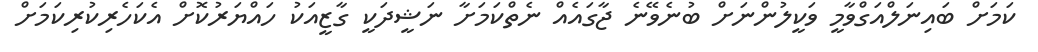
ކަމަށް ބައިނަލްއަގްވާމީ ވަކީލުންނަށް ބުނެވޭނެ ޖާގައެއް ނެތްކަމަށާ ނަޝީދަކީ ގާޒީއަކު ހައްޔަރުކޮށް އެކަހެރިކުރިކަމަށް